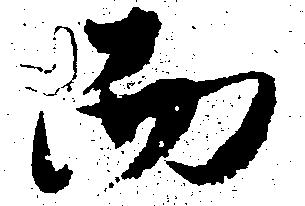
而